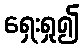
ရှေးရှု၍